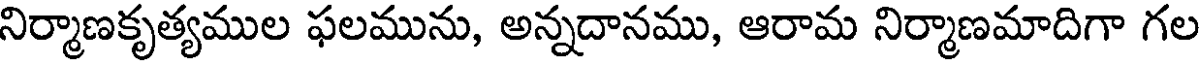
నిర్మాణకృత్యముల ఫలమును, అన్నదానము, ఆరామ నిర్మాణమాదిగా గల